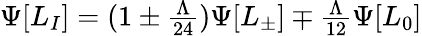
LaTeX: \Psi[L_{I}]=(1\pm{\textstyle{\frac{\Lambda}{24}}})\Psi[L_{\pm}]\mp{\textstyle{\frac{\Lambda}{12}}}\Psi[L_{0}]